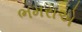
ભમરાએ